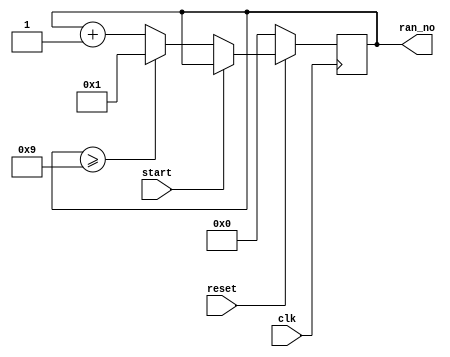
`timescale 1ns / 1ps
//////////////////////////////////////////////////////////////////////////////////
// Company: 
// Engineer: 
// 
// Design Name: 
// Module Name: random_no
// Project Name: 
// Target Devices: 
// Tool Versions: 
// Description: 
// 
// Dependencies: 
// 
// Revision:
// Revision 0.01 - File Created
// Additional Comments:
// 
//////////////////////////////////////////////////////////////////////////////////


module random_no(
    input start,
    input clk,
    input reset,
    output reg [3:0] ran_no=0
    );
    always @(posedge clk)
    begin
     if(!reset)
      ran_no=0;
     else if (!start)
      begin
       if(ran_no>=9)
         ran_no<=1;
       else
         ran_no<=ran_no + 1;  
      end
    end
    
endmodule